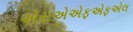
એસએએફએફએલ